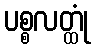
ပစ္စလတ္ထုံ